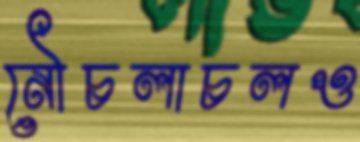
নৌচলাচলও